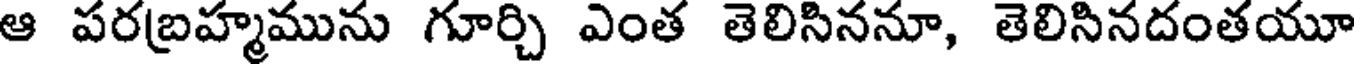
ఆ పరబ్రహ్మమును గూర్చి ఎంత తెలిసిననూ, తెలిసినదంతయూ